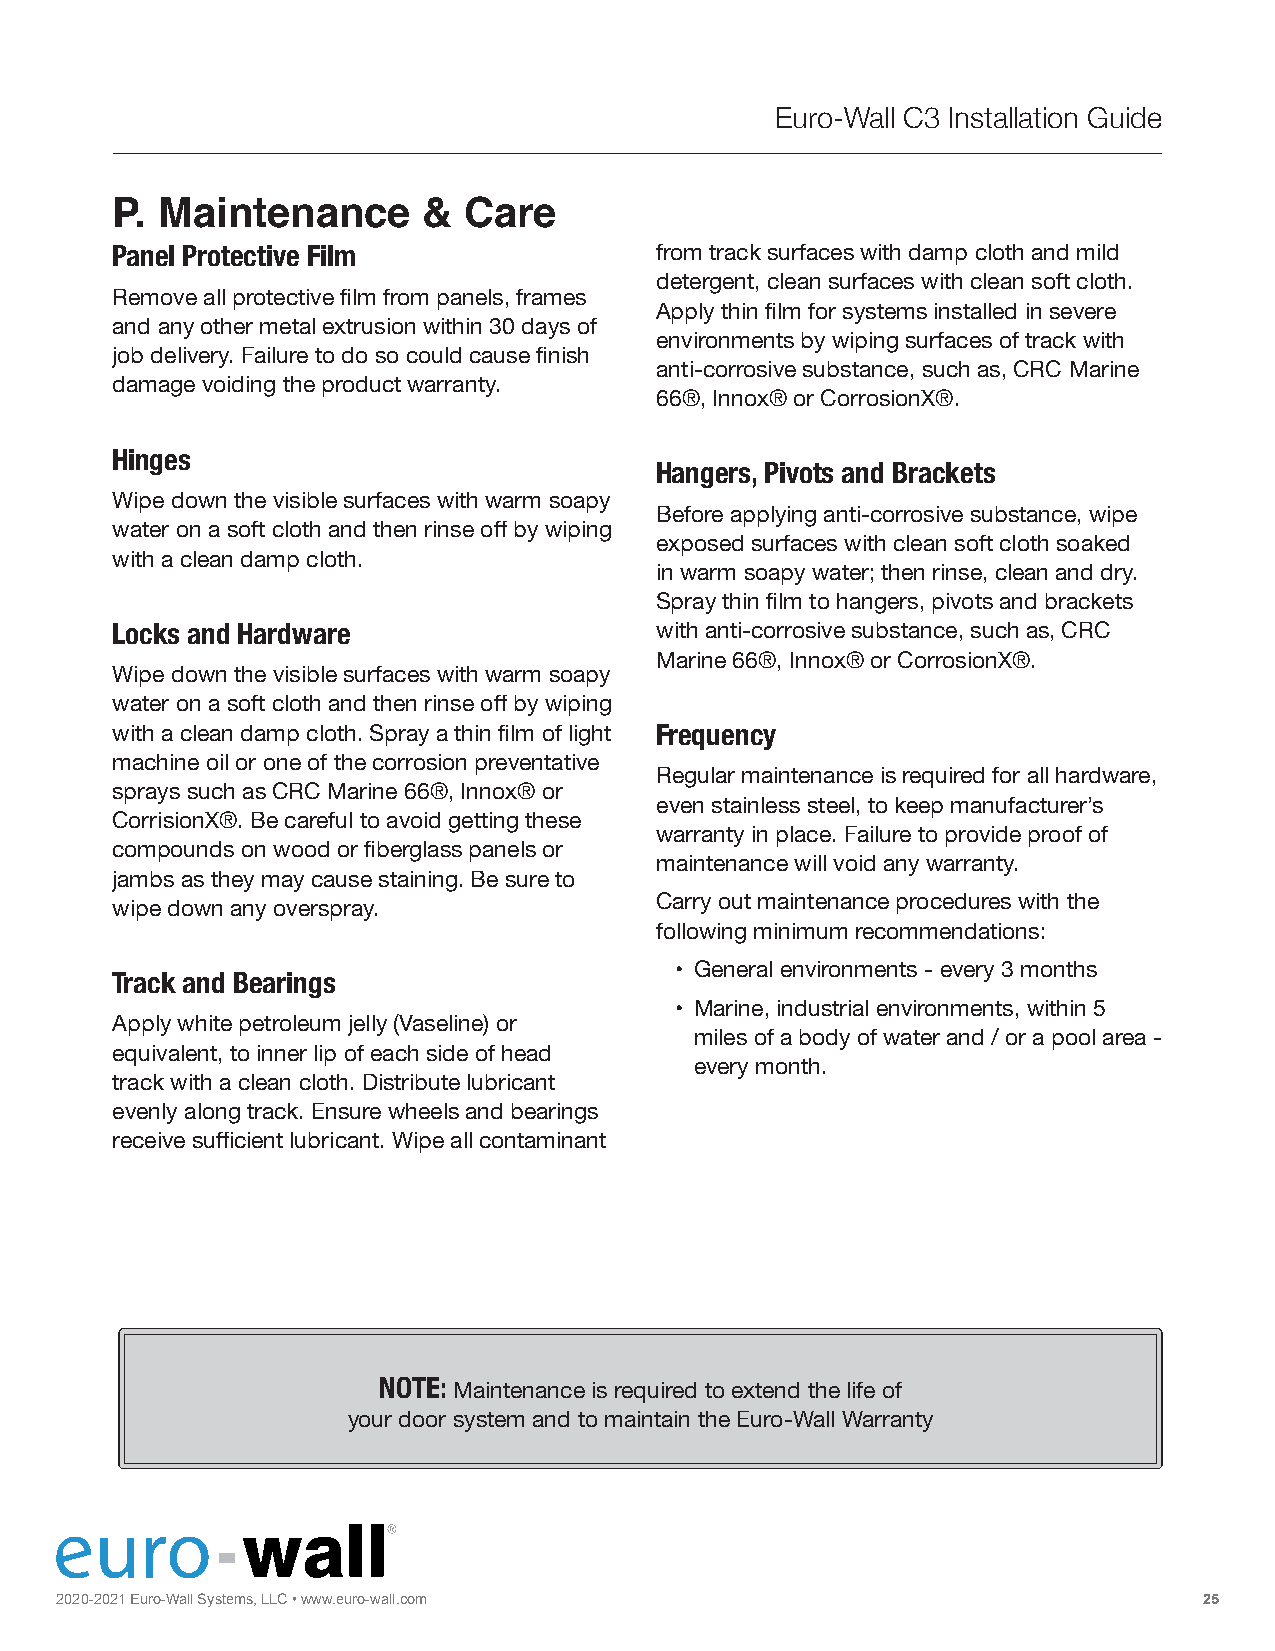
Euro-Wall C3 Installation Guide
 P. Maintenance       &  Care
 Panel Protective Film               from track surfaces with damp cloth and mild
 detergent, clean surfaces with clean soft cloth.
 Remove all protective film from panels, frames
 Apply thin film for systems installed in severe
 and any other metal extrusion within 30 days of
 environments by wiping surfaces of track with
 job delivery. Failure to do so could cause finish
 anti-corrosive substance, such as, CRC Marine
 damage voiding the product warranty.
 66®, Innox® or CorrosionX®.
 Hinges
 Hangers, Pivots and Brackets
 Wipe down the visible surfaces with warm soapy
 Before applying anti-corrosive substance, wipe
 water on a soft cloth and then rinse off by wiping
 exposed surfaces with clean soft cloth soaked
 with a clean damp cloth.
 in warm soapy water; then rinse, clean and dry.
 Spray thin film to hangers, pivots and brackets
 Locks and Hardware                  with anti-corrosive substance, such as, CRC
 Marine 66®, Innox® or CorrosionX®.
 Wipe down the visible surfaces with warm soapy
 water on a soft cloth and then rinse off by wiping
 with a clean damp cloth. Spray a thin film of light Frequency
 machine oil or one of the corrosion preventative
 Regular maintenance is required for all hardware,
 sprays such as CRC Marine 66®, Innox® or
 even stainless steel, to keep manufacturer’s
 CorrisionX®. Be careful to avoid getting these
 warranty in place. Failure to provide proof of
 compounds on wood or fiberglass panels or
 maintenance will void any warranty.
 jambs as they may cause staining. Be sure to
 wipe down any overspray.            Carry out maintenance procedures with the
 following minimum recommendations:
 • General environments - every 3 months
 Track and Bearings
 • Marine, industrial environments, within 5
 Apply white petroleum jelly (Vaseline) or
 miles of a body of water and / or a pool area -
 equivalent, to inner lip of each side of head
 every month.
 track with a clean cloth. Distribute lubricant
 evenly along track. Ensure wheels and bearings
 receive sufficient lubricant. Wipe all contaminant
 NOTE:
 Maintenance is required to extend the life of
 your door system and to maintain the Euro-Wall Warranty
 2020 FO-2 L0 D2 I1
 N
 E Gu r|o S-W LIa Dll
 I
 NS Gys t|e m STs A, CL KL IC
 N
 G• w |w Pw I. Ve Ou Tro-wall.com                             25